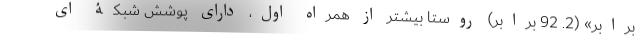
برابر» (2. 92 برابر) روستا بیشتر از همراه اول، دارای پوشش شبکۀ ای